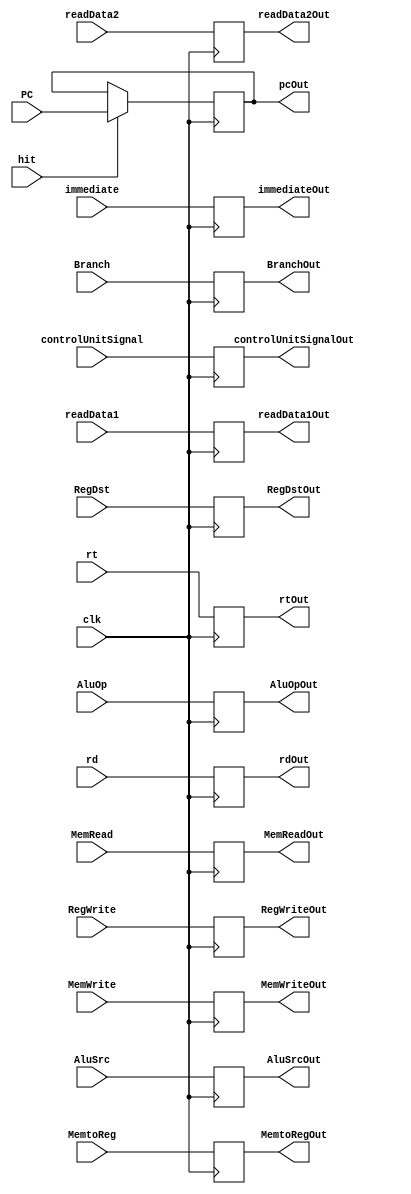
`timescale 1ns / 1ps
//////////////////////////////////////////////////////////////////////////////////
// Company: 
// Engineer: 
// 
// Design Name: 
// Module Name:    IDEX 
// Project Name: 
// Target Devices: 
// Tool versions: 
// Description: 
//
// Dependencies: 
//
// Revision: 
// Revision 0.01 - File Created
// Additional Comments: 
//
//////////////////////////////////////////////////////////////////////////////////
module IDEX(
input hit,
input clk,
input [31:0] PC,
input controlUnitSignal,
input [31:0] readData1,
input [31:0] readData2,
input [31:0] immediate,
input [4:0] rt,
input [4:0] rd,
input RegDst,
input AluSrc,
input MemtoReg,
input RegWrite,
input MemRead,
input MemWrite,
input Branch,
input [1:0] AluOp,
output reg [31:0] pcOut,
output reg controlUnitSignalOut,
output reg [31:0] readData1Out,
output reg [31:0] readData2Out,
output reg [31:0] immediateOut,
output reg [4:0] rtOut,
output reg [4:0] rdOut,
output reg RegDstOut,
output reg AluSrcOut,
output reg MemtoRegOut,
output reg RegWriteOut,
output reg MemReadOut,
output reg MemWriteOut,
output reg BranchOut,
output reg [1:0] AluOpOut
    );
	 
	 always @(negedge clk)begin
	 if(hit == 1)
	 pcOut = PC;
	 controlUnitSignalOut = controlUnitSignal;
	 readData1Out = readData1;
	 readData2Out = readData2;
	 immediateOut = immediate;
	 rtOut = rt;
	 rdOut = rd;
	 RegDstOut = RegDst;
	 AluSrcOut = AluSrc;
	 MemtoRegOut = MemtoReg;
	 RegWriteOut = RegWrite;
	 MemReadOut = MemRead;
	 MemWriteOut = MemWrite;
	 BranchOut = Branch;
	 AluOpOut = AluOp;
	 
	 end
    


endmodule